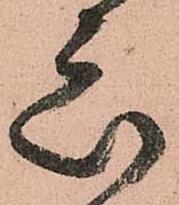
衆